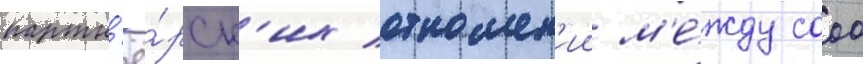
партн'ё́рск'их отношен'ии м'е́жду сооо